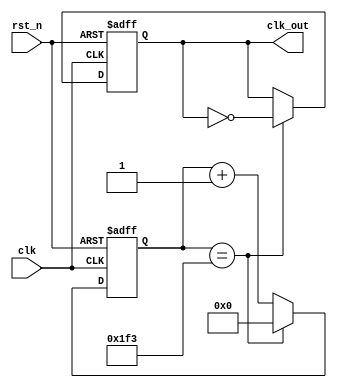
module div1000(input clk, input rst_n, output reg clk_out);

reg [9:0] cnt;

always @(posedge clk or negedge rst_n) 
begin
	if(!rst_n) 
	begin
		//cnt <= 0; // it may assign a 32 bit value. Though is truncated.
		cnt <= 9'b0;
		clk_out <= 1'b0;
	end 
	else
	begin
		//if(cnt == 999) 
		if(cnt == 499)
		begin
			//cnt <= 0;
			cnt <= 9'b0;
			clk_out <= ~clk_out;
		end
		else 
		begin
			//cnt <= cnt + 1'b1;
			cnt <= cnt + 1'b1;
		end
	end
end

endmodule